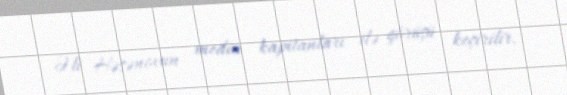
Əli Həsənovun media kapitanları ilə görüşü keçirilir.